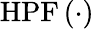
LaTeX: \mathrm{HPF}\left(\cdot\right)